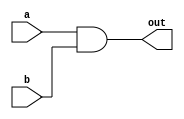
//HW2 part 1
// bitwise AND of two 10-bit numbers (10-bit output)

`timescale 1ns/10ps

module block_a (
    input [9:0] a,
    input [9:0] b,
    output [9:0] out
    );

    assign out = a & b;

endmodule